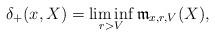
LaTeX: \begin{align*}\delta_+(x,X)=\liminf_{r>V}\mathfrak{m}_{x,r,V}(X),\end{align*}